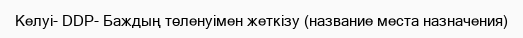
Келуі- DDP- Баждың төленуімен жеткізу (название места назначения)